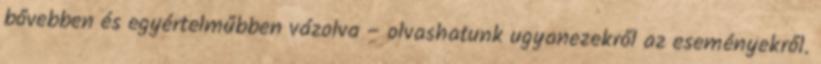
bővebben és egyértelműbben vázolva – olvashatunk ugyanezekről az eseményekről.